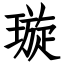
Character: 璇